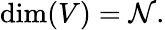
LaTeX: \dim(V)=\mathcal{N}.